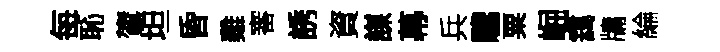
每恥鷟坦昏雞審誘資謀幕兵驩粟崛靄牗綸